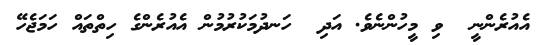
އެއުރެންނީ  ވި މީހުންނެވެ. އަދި  ހަނދުމަކުރުމުން އެއުރެންގެ ހިތްތައް ހަމަޖެހޭ